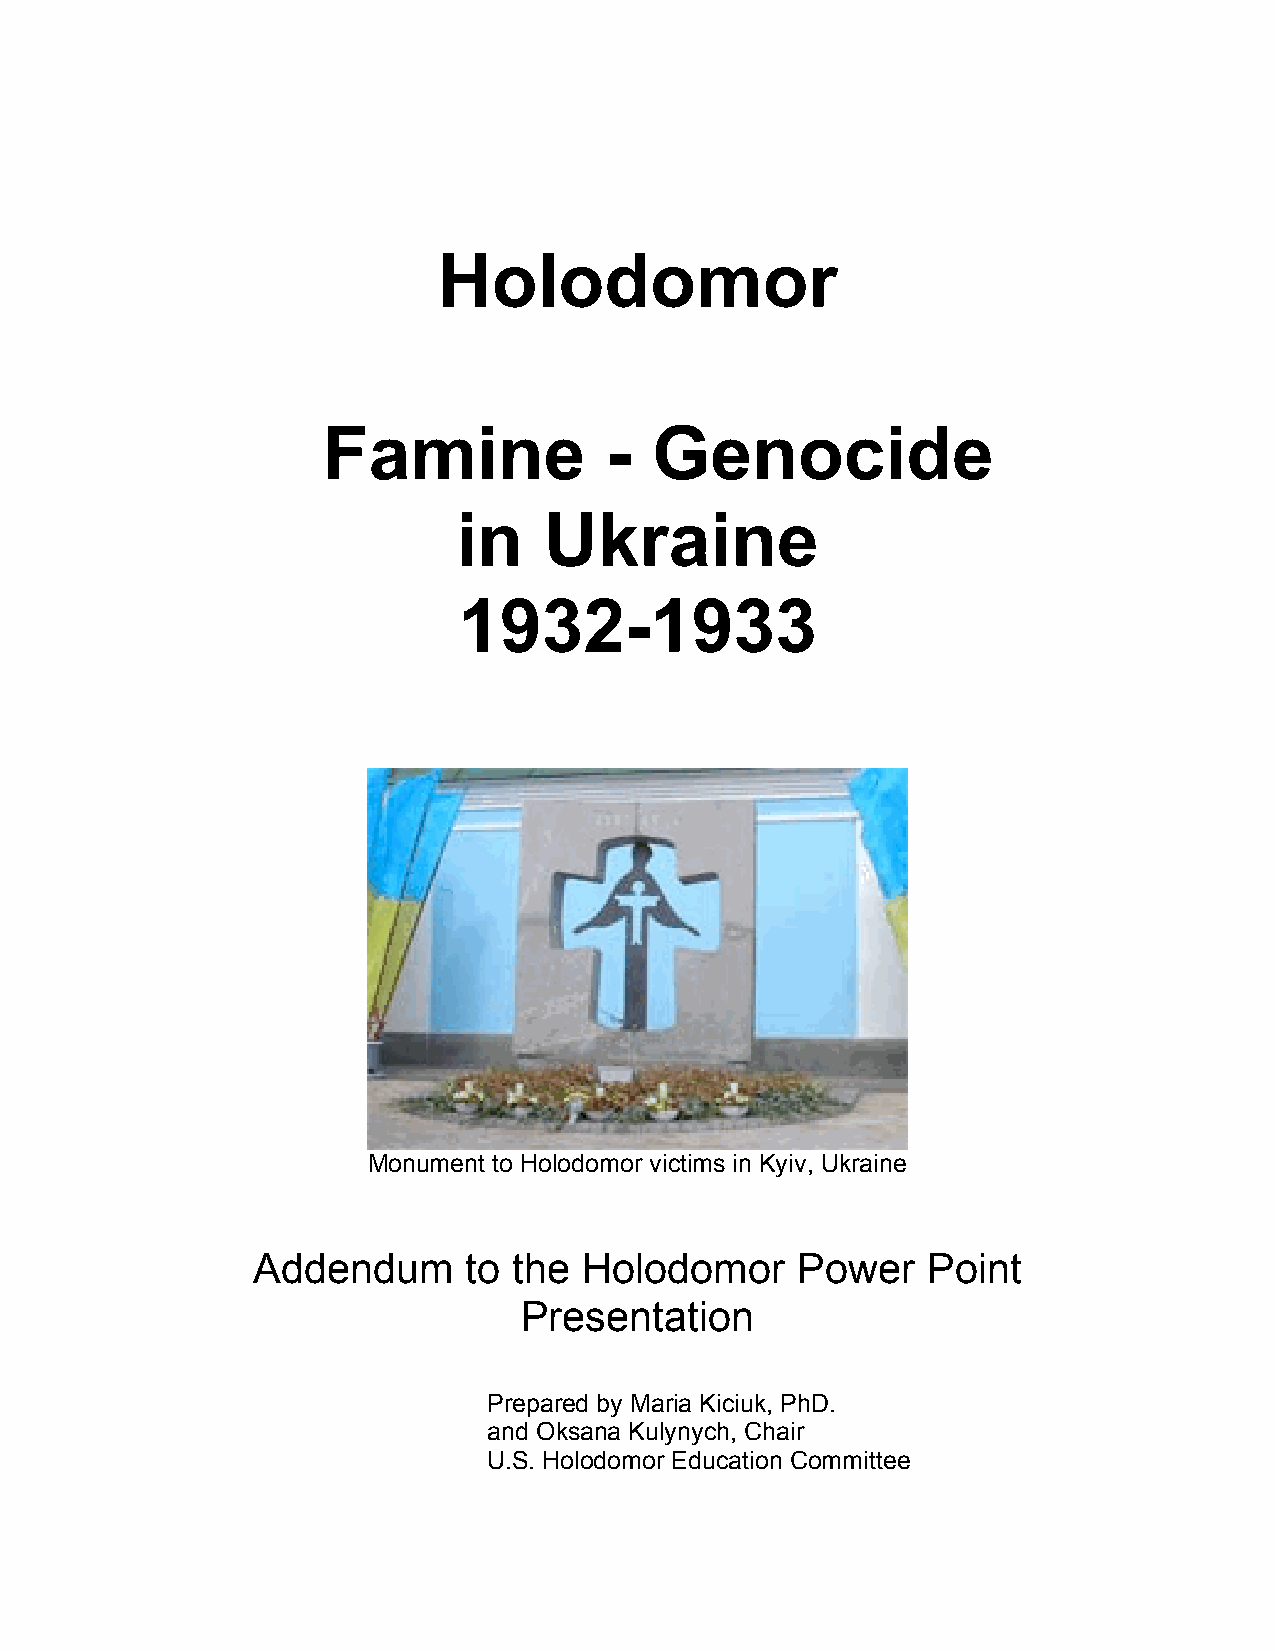
Holodomor
 Famine             -  Genocide
 in    Ukraine
 1932-1933
 Monument to Holodomor victims in Kyiv, Ukraine
 Addendum      to the  Holodomor     Power   Point
 Presentation
 Prepared by Maria Kiciuk, PhD.
 and Oksana Kulynych, Chair
 U.S. Holodomor Education Committee